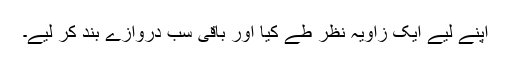
اپنے لیے ایک زاویہ نظر طے کیا اور باقی سب دروازے بند کر لیے۔